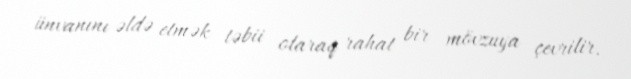
ünvanını əldə etmək təbii olaraq rahat bir mövzuya çevrilir.